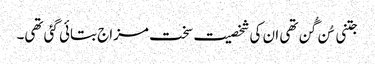
جتنی سُن گُن تھی ان کی شخصیت سخت مزاج بتائی گئی تھی۔